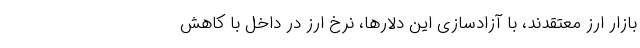
بازار ارز معتقدند، با آزادسازی این دلارها، نرخ ارز در داخل با کاهش